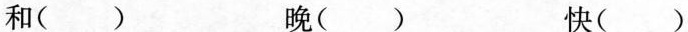
和() 晚() 快()